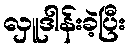
လှူဒါန်းခဲ့ပြီး